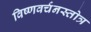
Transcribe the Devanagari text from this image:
विष्णवर्चनस्तोत्र